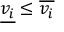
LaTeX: { \underline { { v _ { i } } } } \leq { \overline { { v _ { i } } } }